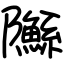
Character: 䧰